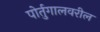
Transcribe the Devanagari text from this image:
पोर्तुगालवरील